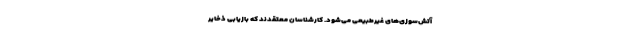
آتش‌سوزی‌های غیرطبیعی می‌شود. کارشناسان معتقدند که بازیابی ذخایر